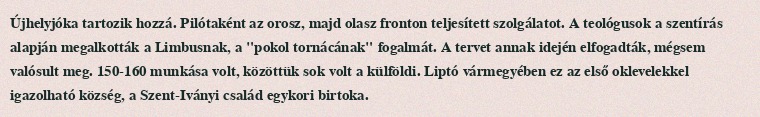
Újhelyjóka tartozik hozzá. Pilótaként az orosz, majd olasz fronton teljesített szolgálatot. A teológusok a szentírás alapján megalkották a Limbusnak, a "pokol tornácának" fogalmát. A tervet annak idején elfogadták, mégsem valósult meg. 150-160 munkása volt, közöttük sok volt a külföldi. Liptó vármegyében ez az első oklevelekkel igazolható község, a Szent-Iványi család egykori birtoka.